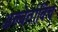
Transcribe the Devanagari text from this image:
अल्बेर्ताविच